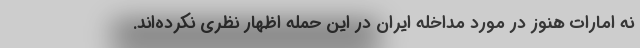
نه امارات هنوز در مورد مداخله ایران در این حمله اظهار نظری نکرده‌اند.